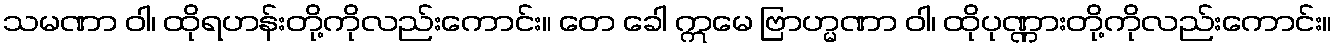
သမဏာ ဝါ၊ ထိုရဟန်းတို့ကိုလည်းကောင်း။ တေ ခေါ ဣမေ ဗြာဟ္မဏာ ဝါ၊ ထိုပုဏ္ဏားတို့ကိုလည်းကောင်း။